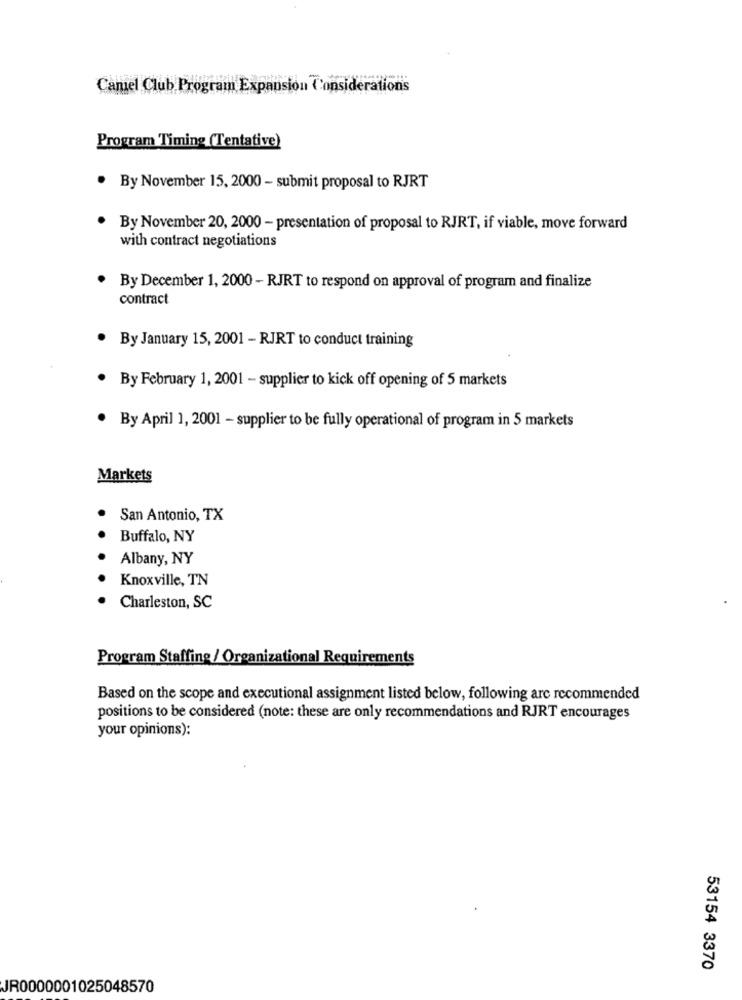
Camel Club Program Expansion Considerations
Program Timing (Tentative)
. By November 15, 2000 - submit proposal to RJRT
By November 20, 2000 - presentation of proposal to RJRT, if viable, move forward
with contract negotiations
· By December 1, 2000 - RJRT to respond on approval of program and finalize
contract
. By January 15, 2001 - RJRT to conduct training
. By February 1, 2001 - supplier to kick off opening of 5 markets
. By April 1, 2001 - supplier to be fully operational of program in 5 markets
Markets
· San Antonio, TX
Buffalo, NY
Albany, NY
Knoxville, TN
Charleston, SC
Program Staffing / Organizational Requirements
Based on the scope and executional assignment listed below, following are recommended
positions to be considered (note: these are only recommendations and RJRT encourages
your opinions):
53154 3370
JR0000001025048570